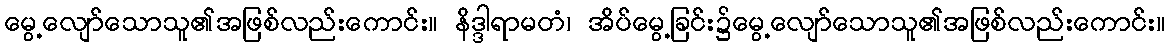
မွေ့လျော်သောသူ၏အဖြစ်လည်းကောင်း။ နိဒ္ဒါရာမတံ၊ အိပ်မွေ့ခြင်း၌မွေ့လျော်သောသူ၏အဖြစ်လည်းကောင်း။